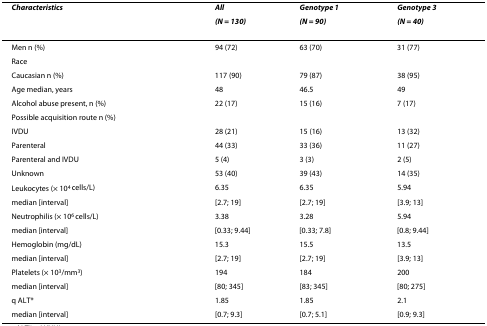
| Characteristics | All | Genotype 1 | Genotype 3 |
 |  | (N = 130) | (N = 90) | (N = 40) |
 | --- | --- | --- | --- |
 | Men n (%) | 94 (72) | 63 (70) | 31 (77) |
 | Race |  |  |  |
 | Caucasian n (%) | 117 (90) | 79 (87) | 38 (95) |
 | Age median, years | 48 | 46.5 | 49 |
 | Alcohol abuse present, n (%) | 22 (17) | 15 (16) | 7 (17) |
 | Possible acquisition route n (%) |  |  |  |
 | IVDU | 28 (21) | 15 (16) | 13 (32) |
 | Parenteral | 44 (33) | 33 (36) | 11 (27) |
 | Parenteral and IVDU | 5 (4) | 3 (3) | 2 (5) |
 | Unknown | 53 (40) | 39 (43) | 14 (35) |
 | Leukocytes (× 104 cells/L) | 6.35 | 6.35 | 5.94 |
 | median [interval] | [2.7; 19] | [2.7; 19] | [3.9; 13] |
 | Neutrophilis (× 106 cells/L) | 3.38 | 3.28 | 5.94 |
 | median [interval] | [0.33; 9.44] | [0.33; 7.8] | [0.8; 9.44] |
 | Hemoglobin (mg/dL) | 15.3 | 15.5 | 13.5 |
 | median [interval] | [2.7; 19] | [2.7; 19] | [3.9; 13] |
 | Platelets (× 103/mm3) | 194 | 184 | 200 |
 | median [interval] | [80; 345] | [83; 345] | [80; 275] |
 | q ALT* | 1.85 | 1.85 | 2.1 |
 | median [interval] | [0.7; 9.3] | [0.7; 5.1] | [0.9; 9.3] |